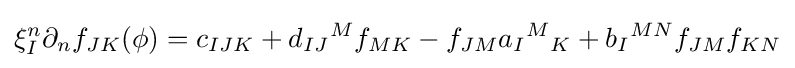
\xi _{I}^{n}\partial _{n}f_{JK}(\phi )=c_{IJK}+d_{IJ}{}^{M}f_{MK}-f_{JM}a_{I}{}^{M}{}_{K}+b_{I}{}^{MN}f_{JM}f_{KN}